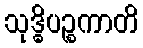
သုဒ္ဓိပဉ္စကာတိ